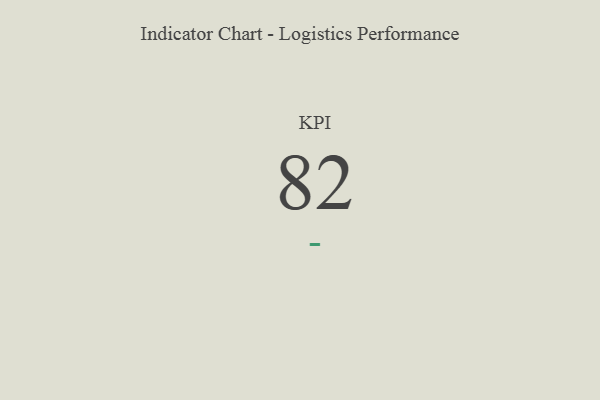
{"axis": {"x": "KPI", "y": "Value"}, "legend": [""], "data": [{"x": "KPI", "y": 82, "type": ""}]}